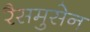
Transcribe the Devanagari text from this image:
रैसमुसेन